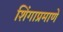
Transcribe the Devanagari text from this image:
शिंगाप्रमाणे